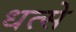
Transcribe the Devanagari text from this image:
धत्से